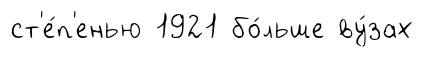
ст'е́п'енью 1921 бо́льше ву́зах